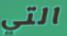
التي